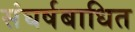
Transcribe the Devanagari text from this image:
संघर्षबाधित